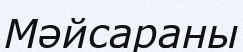
Мәйсараны